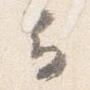
云